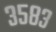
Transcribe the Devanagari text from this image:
३५८३